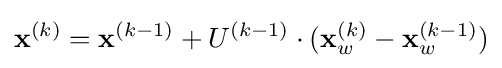
\mathbf {x} ^{(k)}=\mathbf {x} ^{(k-1)}+U^{(k-1)}\cdot (\mathbf {x} _{w}^{(k)}-\mathbf {x} _{w}^{(k-1)})